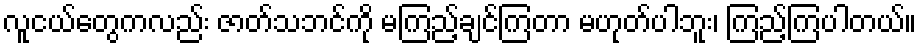
လူငယ်တွေကလည်း ဇာတ်သဘင်ကို မကြည့်ချင်ကြတာ မဟုတ်ပါဘူး၊ ကြည့်ကြပါတယ်။